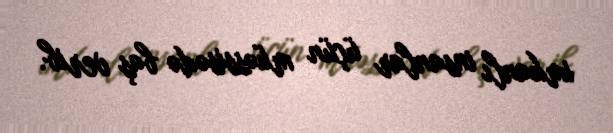
imkanlı insanlar üçün müəssisədə baş verib.